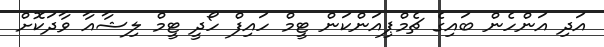
އަދި އަންހެން ބައިގެ ޗެމްޕިއަންކަން ޓީމް ހައިފް ހޯދީ ޓީމް ލިޝާއާ ވާދަކޮށް